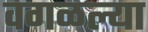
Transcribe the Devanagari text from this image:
वगळल्या